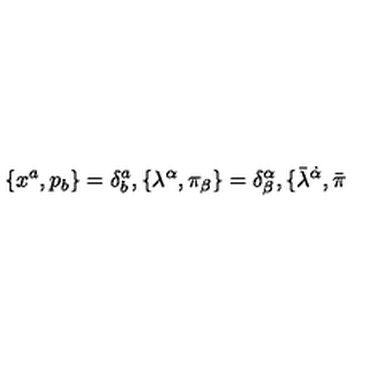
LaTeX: \{ x ^ { a } , p _ { b } \} = \delta _ { b } ^ { a } , \{ \lambda ^ { \alpha } , \pi _ { \beta } \} = \delta _ { \beta } ^ { \alpha } , \{ \bar { \lambda } ^ { \dot { \alpha } } , \bar { \pi }